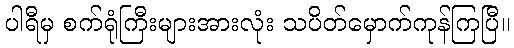
ပါရီမှ စက်ရုံကြီးများအားလုံး သပိတ်မှောက်ကုန်ကြပြီ။